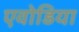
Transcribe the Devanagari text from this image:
एवोडिया